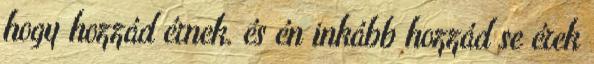
hogy hozzád érnek. és én inkább hozzád se érek